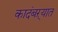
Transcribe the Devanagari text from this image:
कादंबऱ्यात